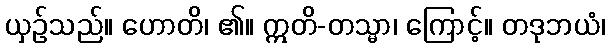
ယှဉ်သည်။ ဟောတိ၊ ၏။ ဣတိ-တသ္မာ၊ ကြောင့်။ တဒုဘယံ၊